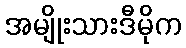
အမျိုးသားဒီမိုက